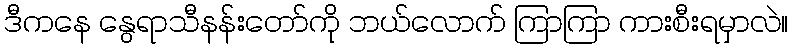
ဒီကနေ နွေရာသီနန်းတော်ကို ဘယ်လောက် ကြာကြာ ကားစီးရမှာလဲ။